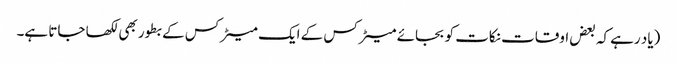
(یاد رہے کہ بعض اوقات نکات کو بجائے میٹرکس کے ایک میٹرکس کے بطور بھی لکھا جاتا ہے۔